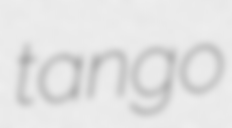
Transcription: tango